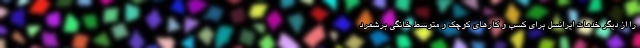
را از دیگر خدمات ایرانسل برای کسب و کارهای کوچک و متوسط خانگی برشمرد